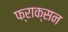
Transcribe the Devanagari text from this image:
फ्राक्सन